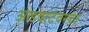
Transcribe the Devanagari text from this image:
आडवाटेवरचा